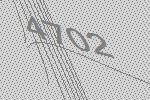
4702